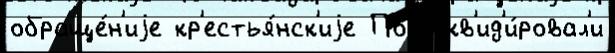
обраще́н'иjе кр'естья́нск'иjе По л'икв'ид'и́ровал'и